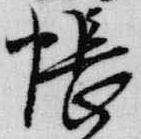
帳